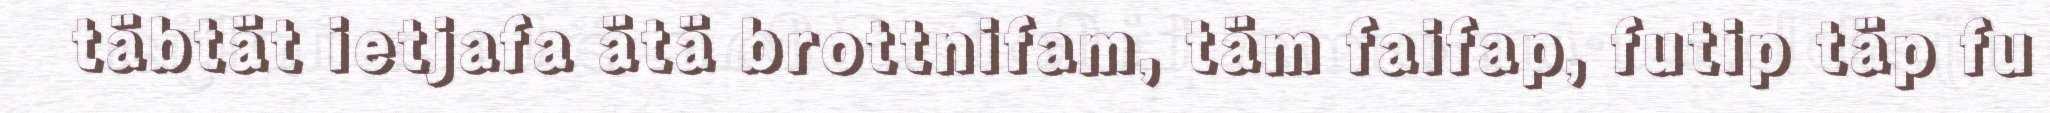
täbtät ietjafa ätä brottnifam, täm faifap, futip täp fu